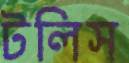
টলিস